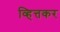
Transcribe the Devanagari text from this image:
व्हित्तकर